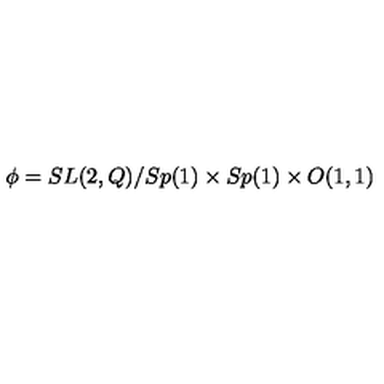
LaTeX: \phi = S L ( 2 , Q ) / S p ( 1 ) \times S p ( 1 ) \times O ( 1 , 1 )